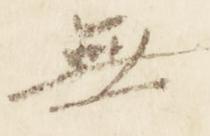
無